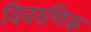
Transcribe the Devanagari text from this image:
विवरणिक